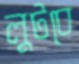
লুটবে